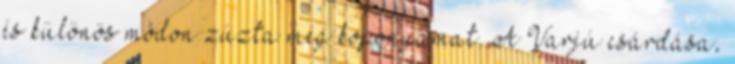
és különös módon zúzta meg koponyámat. A Varjú csárdása,